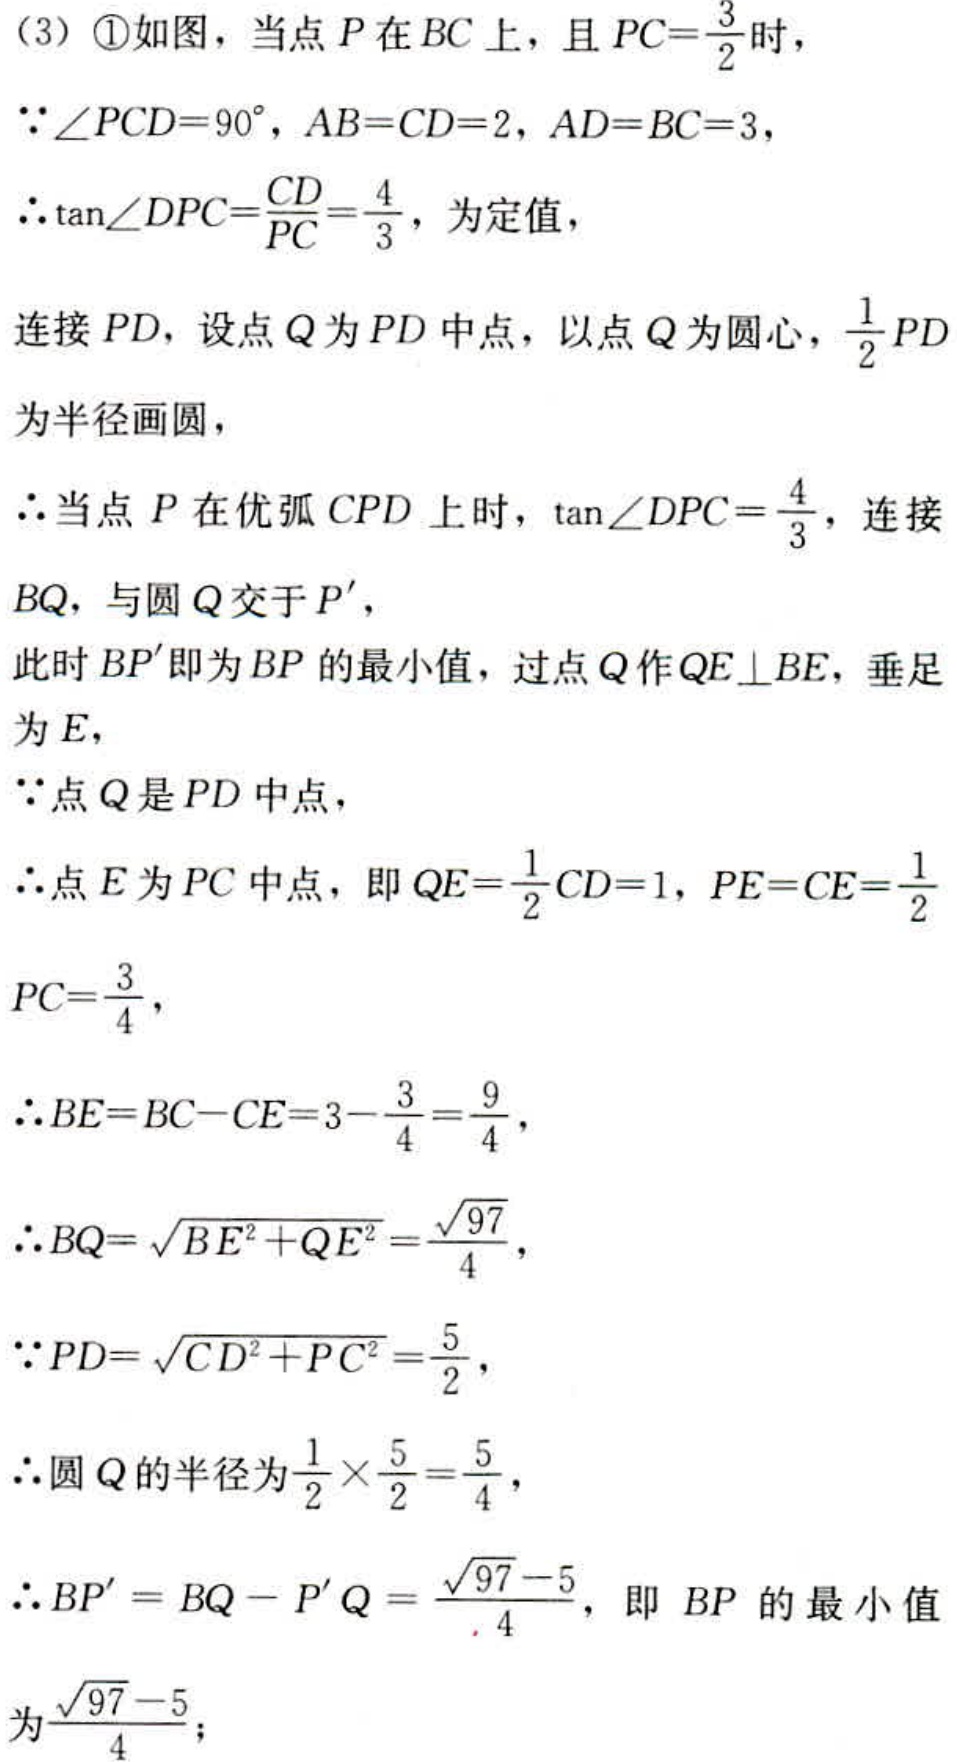
（3）\textcircled{1}如图，当点\(P\)在\(BC\)上，且\(PC = \frac{3}{2}\)时，
\(\because\angle PCD = 90^{\circ},AB = CD = 2,AD = BC = 3\)，
\(\therefore\tan\angle DPC=\frac{CD}{PC}=\frac{4}{3}\)，为定值，
连接\(PD\)，设点\(Q\)为\(PD\)中点，以点\(Q\)为圆心，\(\frac{1}{2}PD\)为半径画圆，
\(\therefore\)当点\(P\)在优弧\(CPD\)上时，\(\tan\angle DPC=\frac{4}{3}\)，连接\(BQ\)，与圆\(Q\)交于\(P'\)，
此时\(BP'\)即为\(BP\)的最小值，过点\(Q\)作\(QE\perp BE\)，垂足为\(E\)，
\(\because\)点\(Q\)是\(PD\)中点，
\(\therefore\)点\(E\)为\(PC\)中点，即\(QE = \frac{1}{2}CD = 1,PE = CE=\frac{1}{2}PC=\frac{3}{4}\)，
\(\therefore BE = BC - CE = 3-\frac{3}{4}=\frac{9}{4}\)，
\(\therefore BQ=\sqrt{BE^{2}+QE^{2}}=\frac{\sqrt{97}}{4}\)，
\(\because PD=\sqrt{CD^{2}+PC^{2}}=\frac{5}{2}\)，
\(\therefore\)圆\(Q\)的半径为\(\frac{1}{2}\times\frac{5}{2}=\frac{5}{4}\)，
\(\therefore BP' = BQ - P'Q=\frac{\sqrt{97}-5}{4}\)，即 \(BP\) 的最小值为\(\frac{\sqrt{97}-5}{4}\)；